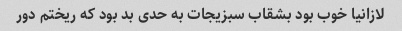
لازانیا خوب بود بشقاب سبزیجات به حدی بد بود که ریختم دور